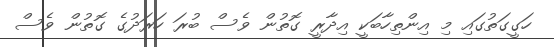
ހަގީގަތުގައި މި އިންތިހާބަކީ އިދާރީ ގޮތުން ވެސް ބުރަ ހަރަދުގެ ގޮތުން ވެސް